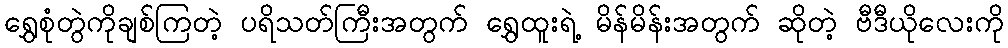
ရွှေစုံတွဲကိုချစ်ကြတဲ့ ပရိသတ်ကြီးအတွက် ရွှေထူးရဲ့ မိန်မိန်းအတွက် ဆိုတဲ့ ဗီဒီယိုလေးကို